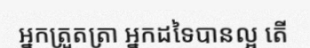
អ្នកត្រួតត្រា អ្នកដទៃបានល្អ តើ